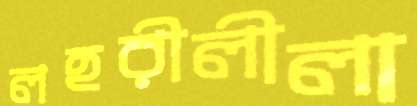
লহরীলীলা